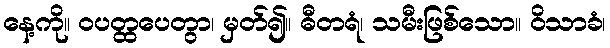
နေ့ကို။ ဝပတ္ထပေတွာ၊ မှတ်၍။ ဓီတရံ၊ သမီးဖြစ်သော။ ဝိသာခံ၊